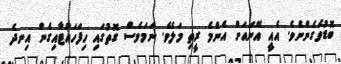
ބޮޑުވެގެންނެވެ. އެއީ އޭނައަށް އެންމެ ރީތި މަލެވެ. ނަމަވެސް ގޮތުގައި ހިފަހައްޓާއިގެން އިނދެ